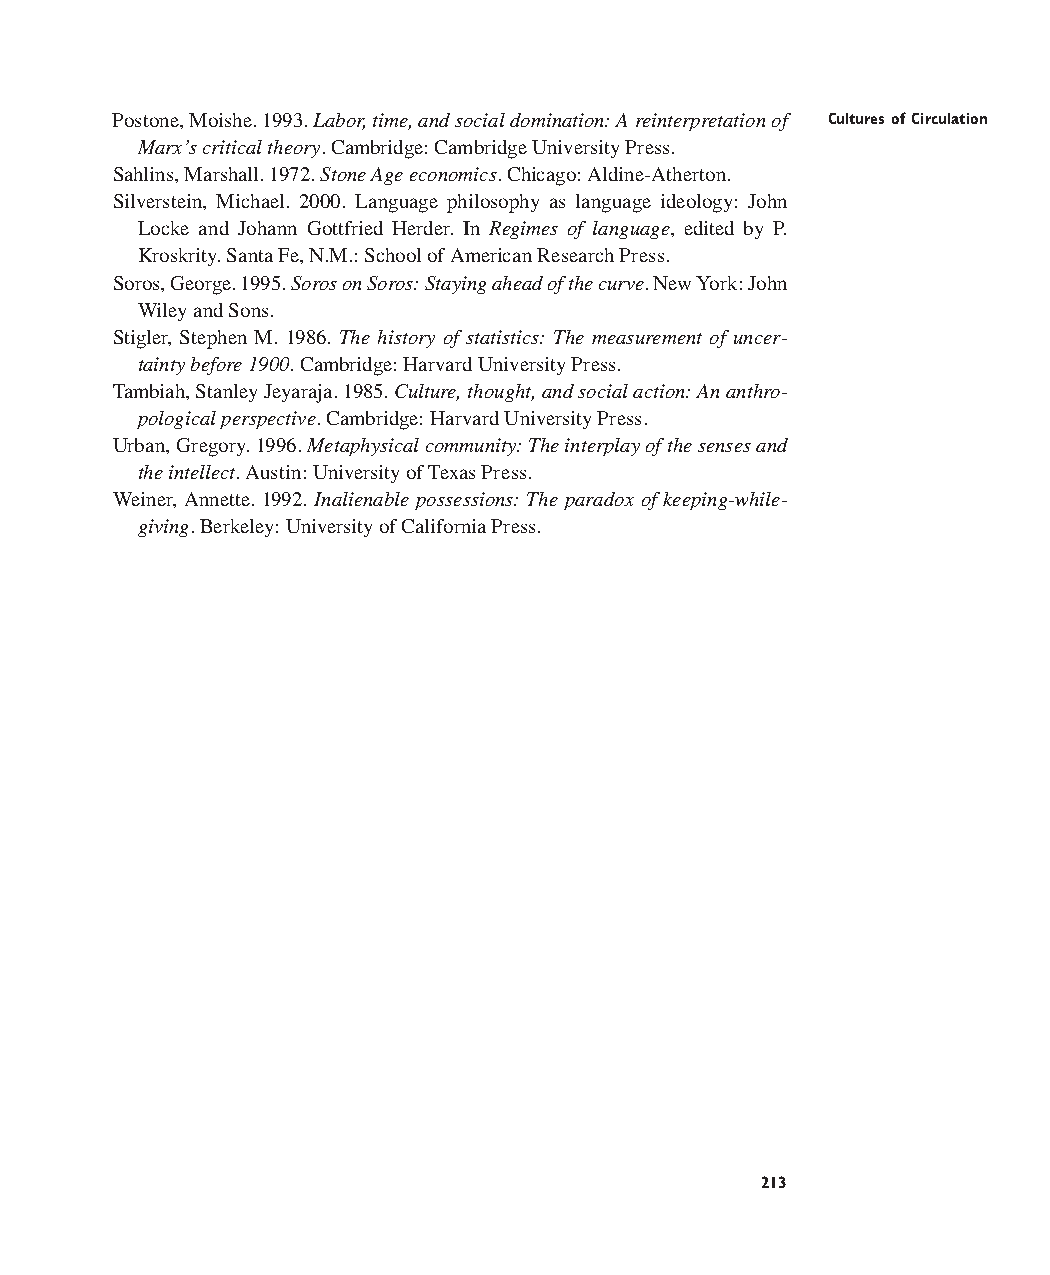
Postone, Moishe. 1993. Labor,time,and social domination:A reinterpretation of Cultures of Circulation
 Marx’s critical theory. Cambridge: Cambridge University Press.
 Sahlins, Marshall. 1972. Stone Age economics. Chicago: Aldine-Atherton.
 Silverstein, Michael. 2000. Language philosophy as language ideology: John
 Locke and Johann Gottfried Herder. In Regimes of language, edited by P.
 Kroskrity. Santa Fe, N.M.: School of American Research Press.
 Soros, George. 1995. Soros on Soros:Staying ahead of the curve. New York: John
 Wiley and Sons.
 Stigler, Stephen M. 1986. The history of statistics: The measurement of uncer-
 tainty before 1900. Cambridge: Harvard University Press.
 Tambiah, Stanley Jeyaraja. 1985. Culture,thought,and social action:An anthro-
 pological perspective. Cambridge: Harvard University Press.
 Urban, Gregory. 1996. Metaphysical community:The interplay of the senses and
 the intellect. Austin: University of Texas Press.
 Weiner, Annette. 1992. Inalienable possessions:The paradox of keeping-while-
 giving. Berkeley: University of California Press.
 213